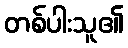
တစ်ပါးသူ၏